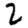
Digit: 2